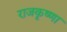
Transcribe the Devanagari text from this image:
राजकृष्णा